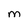
Character: M